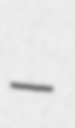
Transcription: –